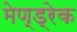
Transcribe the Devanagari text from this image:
मेण्ड्रेक